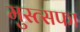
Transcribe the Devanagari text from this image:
मुस्त्सफा